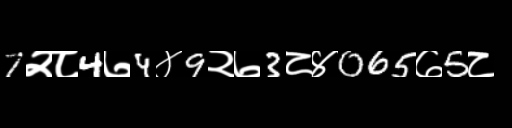
Text: 7२८4७4४9२७3८४065७5८